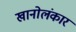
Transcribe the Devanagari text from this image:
खानोलंकार